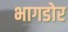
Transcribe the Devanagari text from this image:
भागडोर